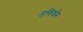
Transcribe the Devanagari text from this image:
हविर्धन